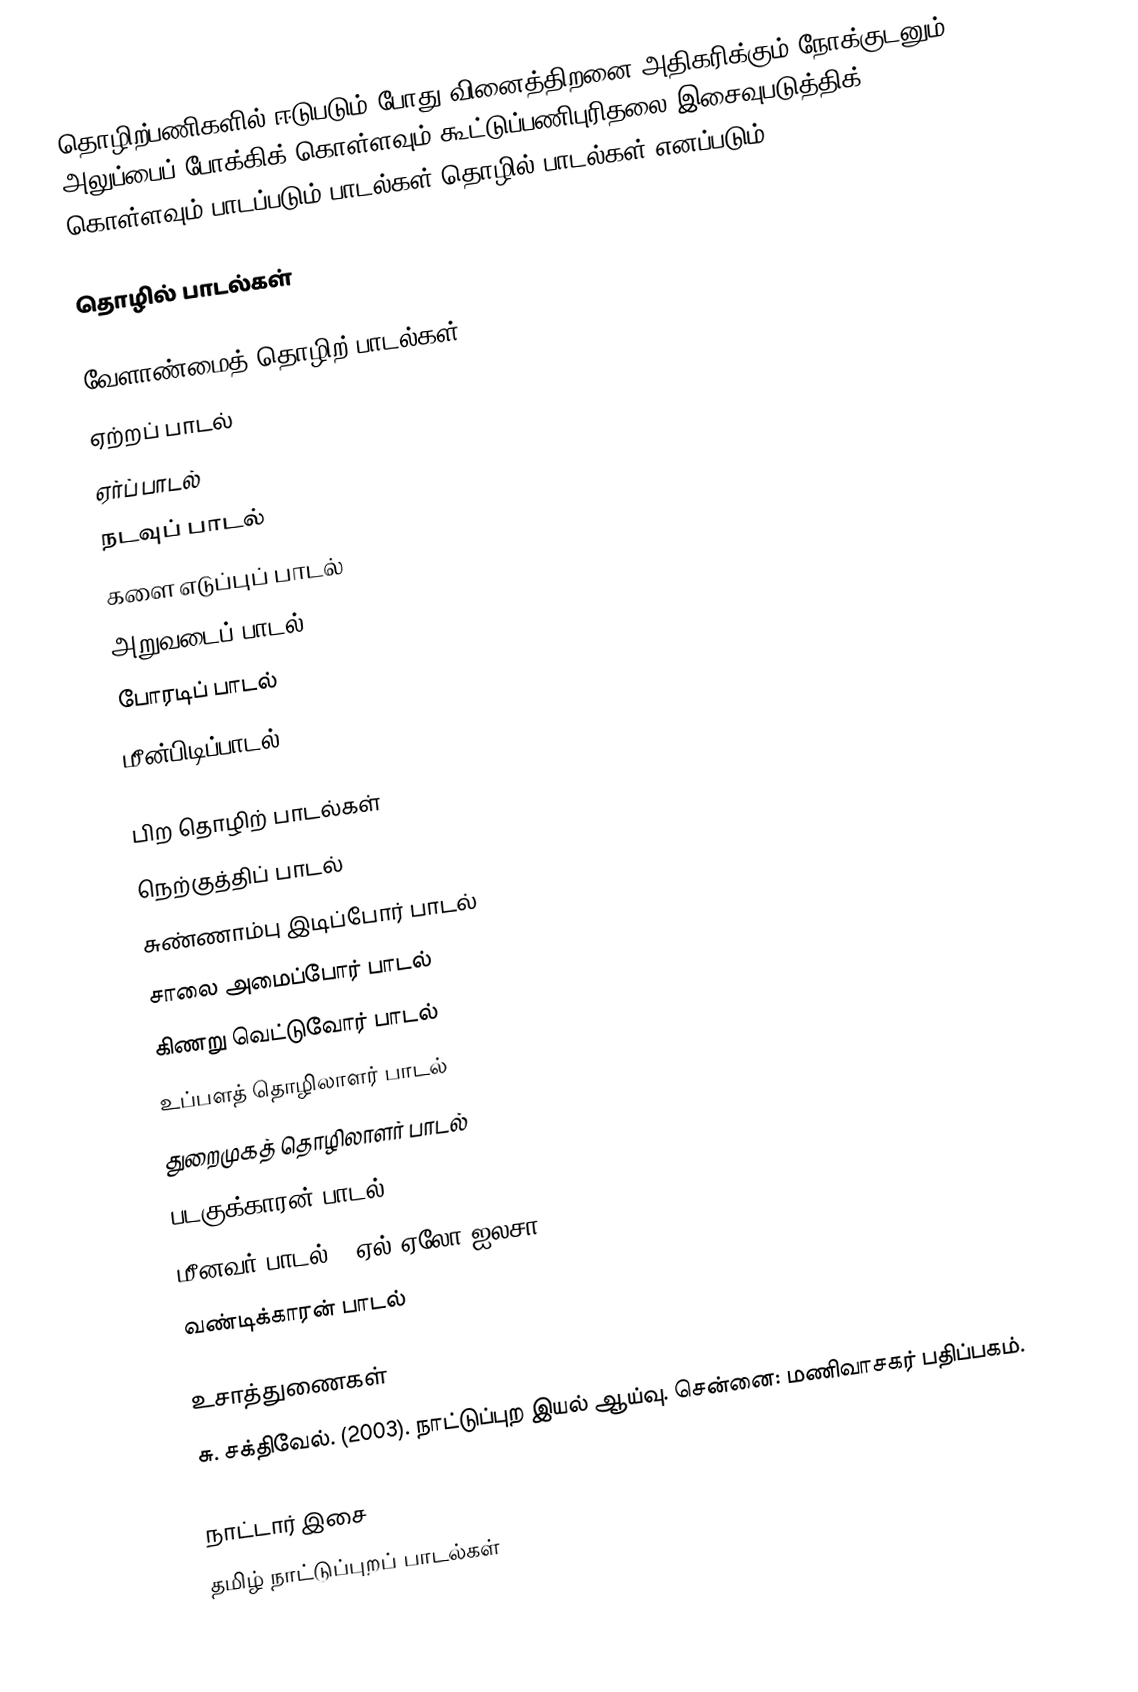
தொழிற்பணிகளில் ஈடுபடும் போது வினைத்திறனை அதிகரிக்கும் நோக்குடனும் அலுப்பைப் போக்கிக் கொள்ளவும் கூட்டுப்பணிபுரிதலை இசைவுபடுத்திக் கொள்ளவும் பாடப்படும் பாடல்கள் தொழில் பாடல்கள் எனப்படும்.

தொழில் பாடல்கள்

வேளாண்மைத் தொழிற் பாடல்கள்
 ஏற்றப் பாடல்
 ஏர்ப் பாடல்
 நடவுப் பாடல்
 களை எடுப்புப் பாடல்
 அறுவடைப் பாடல்
 போரடிப் பாடல்
மீன்பிடிப்பாடல்

பிற தொழிற் பாடல்கள்
 நெற்குத்திப் பாடல்
 சுண்ணாம்பு இடிப்போர் பாடல்
 சாலை அமைப்போர் பாடல்
 கிணறு வெட்டுவோர் பாடல்
 உப்பளத் தொழிலாளர் பாடல்
 துறைமுகத் தொழிலாளர் பாடல்
 படகுக்காரன் பாடல்
 மீனவர் பாடல் ( ஏல் ஏலோ ஐலசா)
 வண்டிக்காரன் பாடல்

உசாத்துணைகள்
 சு. சக்திவேல். (2003). நாட்டுப்புற இயல் ஆய்வு. சென்னை: மணிவாசகர் பதிப்பகம்.

நாட்டார் இசை
தமிழ் நாட்டுப்புறப் பாடல்கள்